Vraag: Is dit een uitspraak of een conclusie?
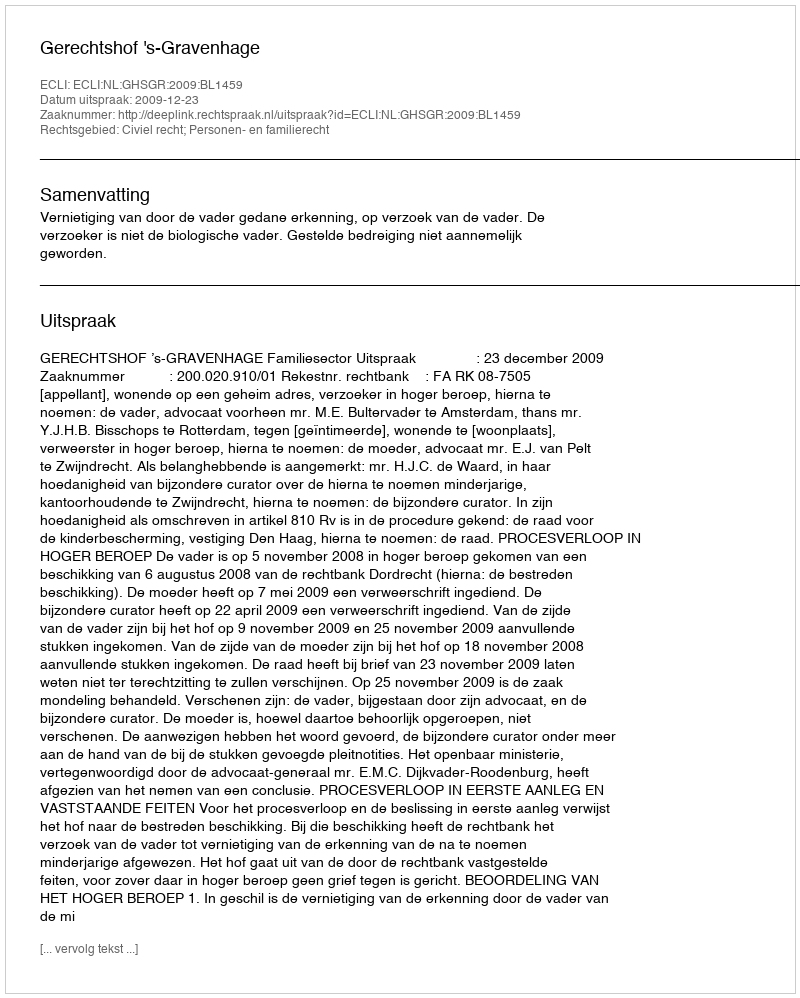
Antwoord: Uitspraak